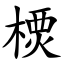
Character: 樮